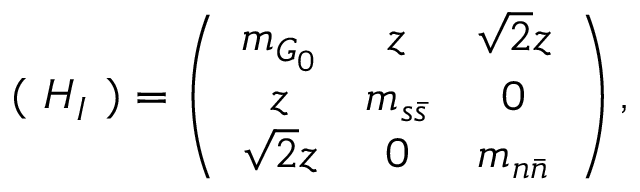
( ~ H _ { I } ~ ) = \left( \begin{array} { c c c } { { m _ { G _ { 0 } } } } & { { z } } & { { \sqrt { 2 } z } } \\ { { z } } & { { m _ { s \bar { s } } } } & { { 0 } } \\ { { \sqrt { 2 } z } } & { { 0 } } & { { m _ { n \bar { n } } } } \end{array} \right) ,